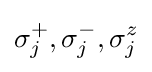
\sigma _{j}^{+},\sigma _{j}^{-},\sigma _{j}^{z}